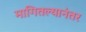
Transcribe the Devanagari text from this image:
मागितल्यानंतर